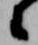
々